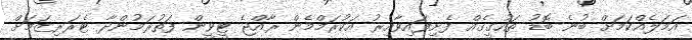
އަމަލެއްކަމަށް ބުނެ ބޮޑު ތަހުގީގެއް ފެށިފައިވާއިރު އަކުރަމްމެން ރާއްޖެ ޓީވީން ފަތުރަމުންދާ ޓެރަރިޒަމަށް